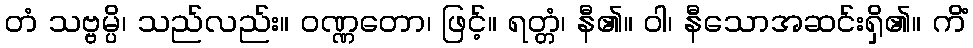
တံ သဗ္ဗမ္ပိ၊ သည်လည်း။ ဝဏ္ဏတော၊ ဖြင့်။ ရတ္တံ၊ နီ၏။ ဝါ၊ နီသောအဆင်းရှိ၏။ ကိံ